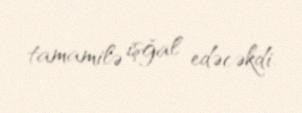
tamamilə işğal edəcəkdi.